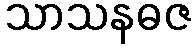
သာသနဓဇ